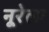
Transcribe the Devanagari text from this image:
नूरेला